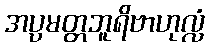
အပ္ပမတ္တဘူရိဗာဟုလ္လံ